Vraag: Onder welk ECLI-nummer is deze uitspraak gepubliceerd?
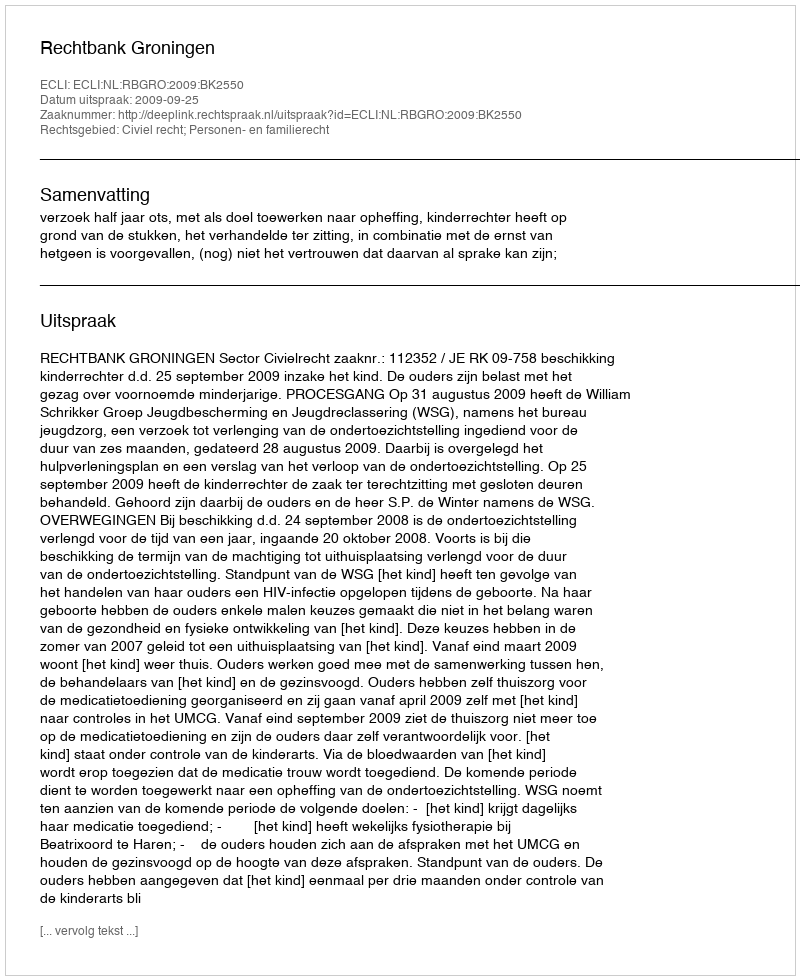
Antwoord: ECLI:NL:RBGRO:2009:BK2550